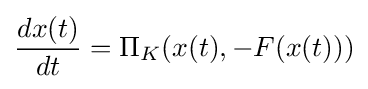
{\frac {dx(t)}{dt}}=\Pi _{K}(x(t),-F(x(t)))